Indian journal of veterinary science and animal husbandry - Volume 4,
Year: 1934
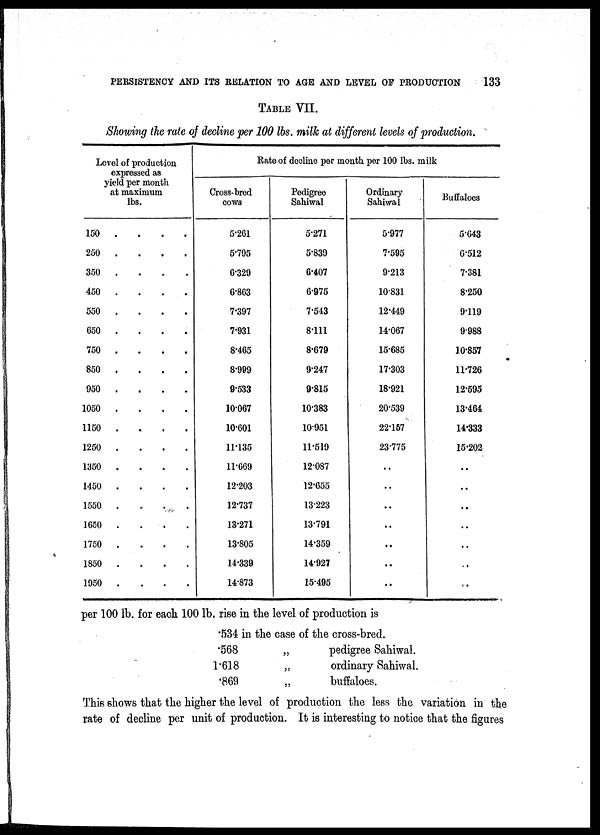
PERSISTENCY AND ITS RELATION TO AGE AND LEVEL OF PRODUCTION
147
TABLE VIII.
Correlation surface slwving the relation of rale of yield to age. (Dala—Buffaloes.)
No.
1
2
3
4
5
6
7
8
9
10
11
12
Rate of
yield in
100 lb.
unit
Class Mid-
point
1.5
2.5
3.5
4.5
5.5
6.5
7.5
8.5
9.5
10.5
11.5
12.5
Total
Mean yield per
month lb. .
1
1
1
2
3
1
1
..
1
..
..
..
..
10
450
2
..
1
3
8
10
15
8
2
2
..
..
..
49
607
3
..
1
2
7
10
17
7
2
1
..
..
..
47
607
4
..
..
3
3
14
7
6
3
4
..
..
..
40
638
5
..
..
..
5
6
7
..
..
..
1
..
19
687
Age In lactations
6
..
..
2
5
2
3
7
1
1
..
..
..
21
621
7
..
..
..
5
4
3
4
4
..
..
..
..
20
640
8
..
..
1
4
2
3
2
3
1
..
.
..
16
639
9
..
..
1
3
1
2
1
1
1
..
..
..
10
610
10
..
..
..
1
3
..
..
..
1
..
..
..
5
610
11
..
..
..
..
1
1
..
..
..
..
..
..
2
600
12
..
..
..
1
1
1
..
..
1
..
..
..
4
650
13
..
..
..
..
..
..
..
..
..
..
..
1
1
1.250
Total
1
3
14
40
54
69
42
17
12
..
1
1
244
Mean of age
. . . . .
Mean rate of yield per month at max
4.5943
. 621.31 lb.
Coeflicient of correlation
Standard deviation .
Standard deviation .
....
. . . .
. . . .
.1518
2.601
165.9 lb.